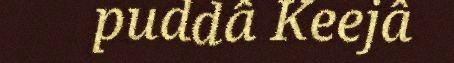
puddâ Keejâ